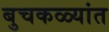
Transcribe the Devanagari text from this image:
बुचकळ्यांत